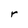
Character: r